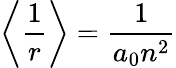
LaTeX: \left\langle{\frac{1}{r}}\right\rangle={\frac{1}{a_{0}n^{2}}}